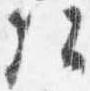
弘